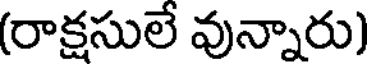
(రాక్షసులే వున్నారు)